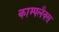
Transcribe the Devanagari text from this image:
काम्पलैक्स